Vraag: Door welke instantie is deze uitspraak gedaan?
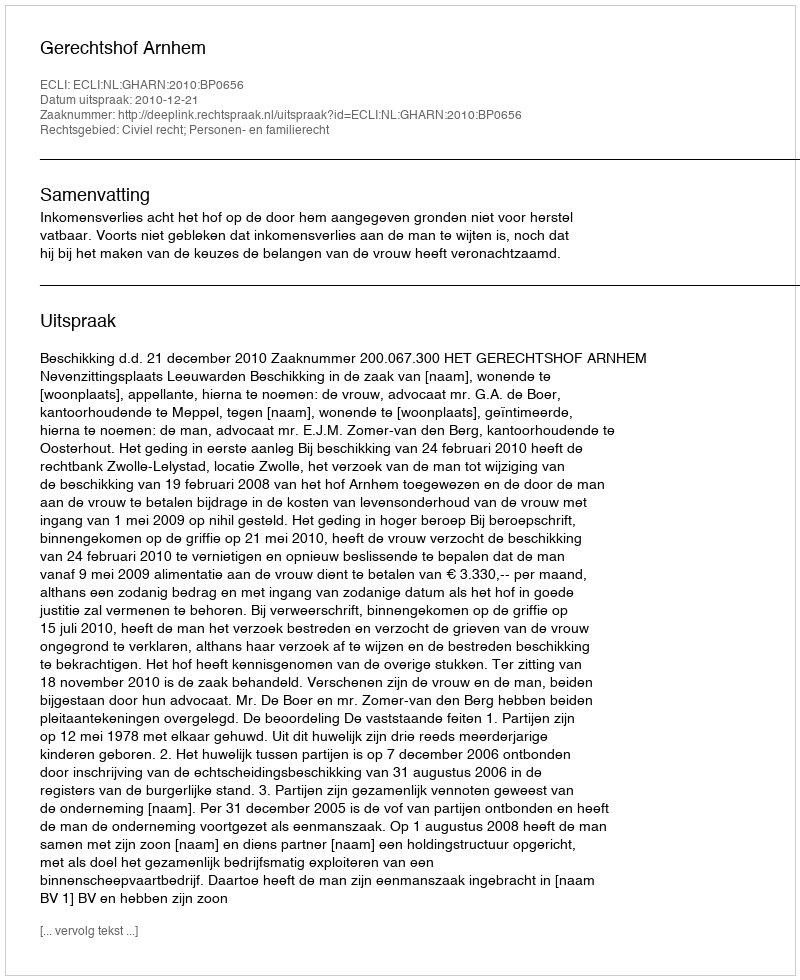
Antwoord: Gerechtshof Arnhem